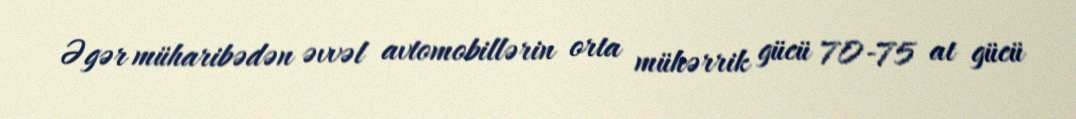
Əgər müharibədən əvvəl avtomobillərin orta mühərrik gücü 70-75 at gücü